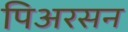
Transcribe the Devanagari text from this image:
पिअरसन